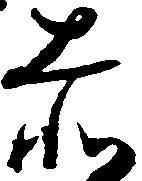
赤